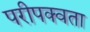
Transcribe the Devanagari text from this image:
परीपक्वता